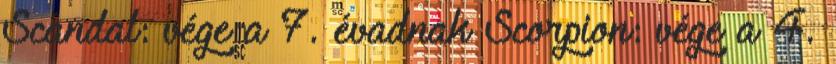
Scandal: vége a 7. évadnak Scorpion: vége a 4.